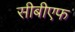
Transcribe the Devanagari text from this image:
सीबीएफ